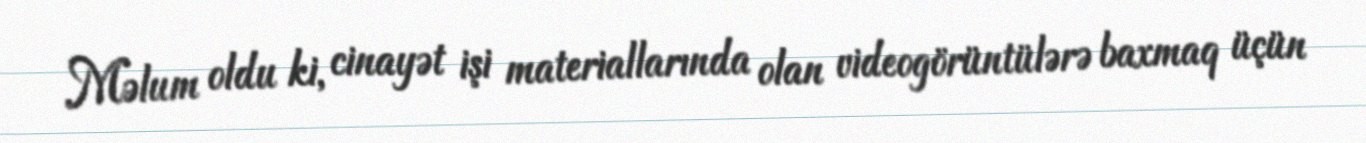
Məlum oldu ki, cinayət işi materiallarında olan videogörüntülərə baxmaq üçün